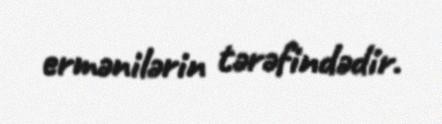
ermənilərin tərəfindədir.